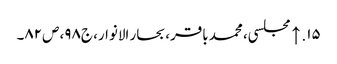
۱۵. ↑ مجلسی، محمد باقر، بحار الانوار، ج‌۹۸، ص‌۸۲۔